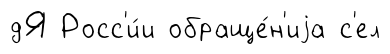
дЯ Росс'и́и обраще́н'иjа с'ел